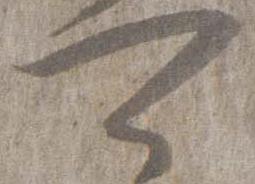
可